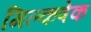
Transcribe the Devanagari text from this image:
मिल्कषेक